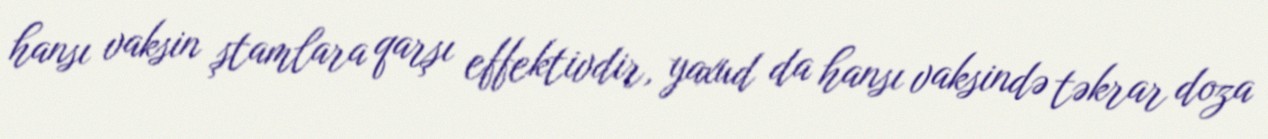
hansı vaksin ştamlara qarşı effektivdir, yaxud da hansı vaksində təkrar doza